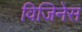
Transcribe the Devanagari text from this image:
विजिनेस